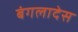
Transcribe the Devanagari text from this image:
बंगलादेस